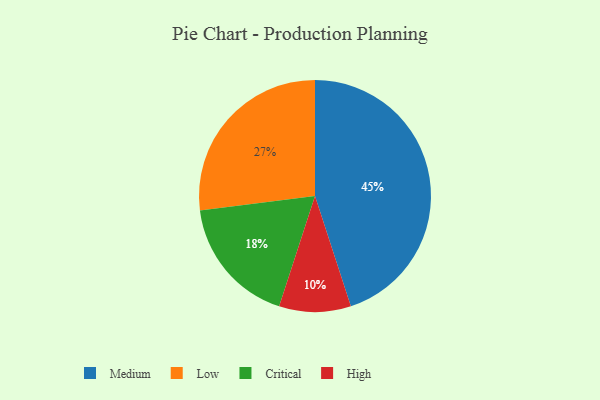
{"axis": {"x": "Category", "y": "Percentage"}, "legend": ["Critical", "High", "Low", "Medium"], "data": [{"x": "Critical", "y": 18, "type": "Critical"}, {"x": "High", "y": 10, "type": "High"}, {"x": "Medium", "y": 45, "type": "Medium"}, {"x": "Low", "y": 27, "type": "Low"}]}